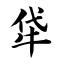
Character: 牮